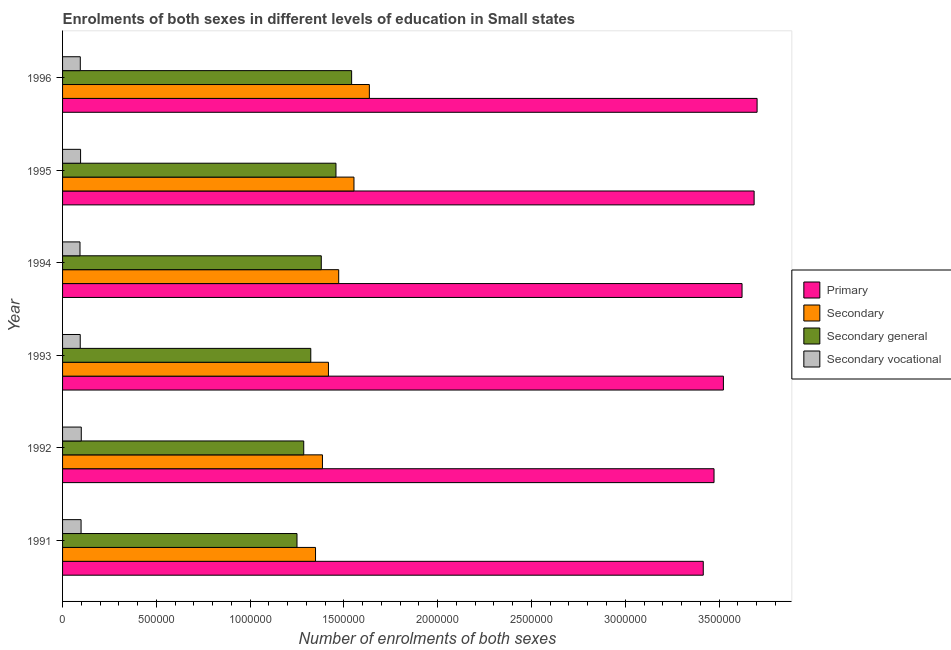
| Year | Primary | Secondary | Secondary general | Secondary vocational |
 | --- | --- | --- | --- | --- |
 | 1991 | 3.42e+06 | 1.35e+06 | 1.25e+06 | 9.87e+04 |
 | 1992 | 3.47e+06 | 1.39e+06 | 1.29e+06 | 9.98e+04 |
 | 1993 | 3.52e+06 | 1.42e+06 | 1.32e+06 | 9.42e+04 |
 | 1994 | 3.62e+06 | 1.47e+06 | 1.38e+06 | 9.29e+04 |
 | 1995 | 3.69e+06 | 1.55e+06 | 1.46e+06 | 9.6e+04 |
 | 1996 | 3.7e+06 | 1.64e+06 | 1.54e+06 | 9.46e+04 |